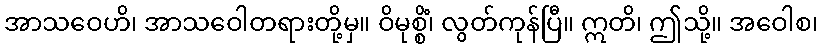
အာသဝေဟိ၊ အာသဝေါတရားတို့မှ။ ဝိမုစ္စိံ၊ လွတ်ကုန်ပြီ။ ဣတိ၊ ဤသို့။ အဝေါစ၊